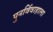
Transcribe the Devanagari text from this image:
पुनर्विवाहाला